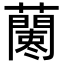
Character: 𧃁